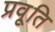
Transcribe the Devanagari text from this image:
प्रवृ्ति